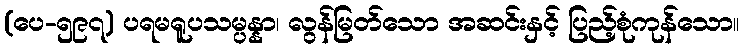
(ပေ-၅၉၇) ပရမရူပသမ္ပန္နာ၊ လွန်မြတ်သော အဆင်းနှင့် ပြည့်စုံကုန်သော။